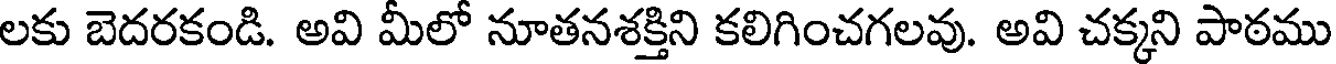
లకు బెదరకండి. అవి మీలో నూతనశక్తిని కలిగించగలవు. అవి చక్కని పాఠము